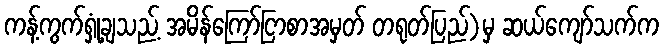
ကန့်ကွက်ရှုံ့ချသည့် အမိန်ကြော်ငြာစာအမှတ် တရုတ်ပြည်)မှ ဆယ်ကျော်သက်က